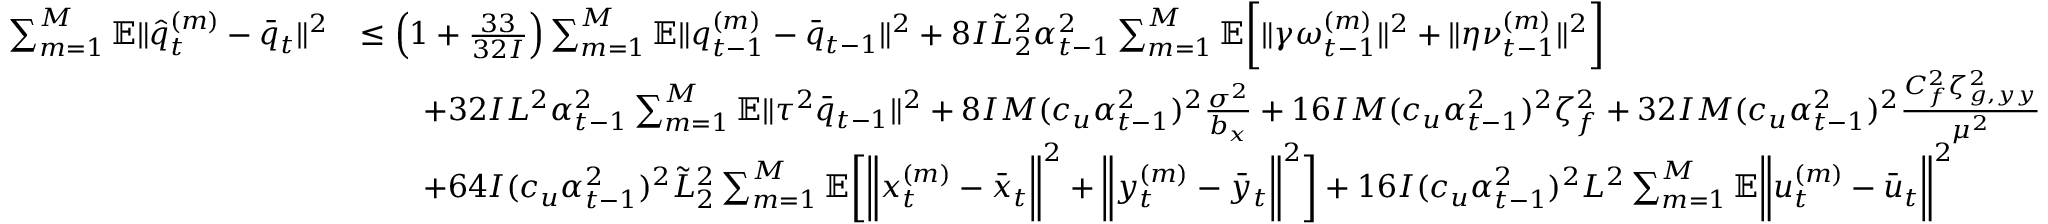
\begin{array} { r l } { \sum _ { m = 1 } ^ { M } \mathbb { E } \| \hat { q } _ { t } ^ { ( m ) } - \bar { q } _ { t } \| ^ { 2 } } & { \leq \left( 1 + \frac { 3 3 } { 3 2 I } \right) \sum _ { m = 1 } ^ { M } \mathbb { E } \| q _ { t - 1 } ^ { ( m ) } - \bar { q } _ { t - 1 } \| ^ { 2 } + 8 I \tilde { L } _ { 2 } ^ { 2 } \alpha _ { t - 1 } ^ { 2 } \sum _ { m = 1 } ^ { M } \mathbb { E } \bigg [ \| \gamma \omega _ { t - 1 } ^ { ( m ) } \| ^ { 2 } + \| \eta \nu _ { t - 1 } ^ { ( m ) } \| ^ { 2 } \bigg ] } \\ & { \qquad + 3 2 I L ^ { 2 } \alpha _ { t - 1 } ^ { 2 } \sum _ { m = 1 } ^ { M } \mathbb { E } \| \tau ^ { 2 } \bar { q } _ { t - 1 } \| ^ { 2 } + 8 I M ( c _ { u } \alpha _ { t - 1 } ^ { 2 } ) ^ { 2 } \frac { \sigma ^ { 2 } } { b _ { x } } + 1 6 I M ( c _ { u } \alpha _ { t - 1 } ^ { 2 } ) ^ { 2 } \zeta _ { f } ^ { 2 } + 3 2 I M ( c _ { u } \alpha _ { t - 1 } ^ { 2 } ) ^ { 2 } \frac { C _ { f } ^ { 2 } \zeta _ { g , y y } ^ { 2 } } { \mu ^ { 2 } } } \\ & { \qquad + 6 4 I ( c _ { u } \alpha _ { t - 1 } ^ { 2 } ) ^ { 2 } \tilde { L } _ { 2 } ^ { 2 } \sum _ { m = 1 } ^ { M } \mathbb { E } \bigg [ \bigg \| x _ { t } ^ { ( m ) } - \bar { x } _ { t } \bigg \| ^ { 2 } + \bigg \| y _ { t } ^ { ( m ) } - \bar { y } _ { t } \bigg \| ^ { 2 } \bigg ] + 1 6 I ( c _ { u } \alpha _ { t - 1 } ^ { 2 } ) ^ { 2 } L ^ { 2 } \sum _ { m = 1 } ^ { M } \mathbb { E } \bigg \| u _ { t } ^ { ( m ) } - \bar { u } _ { t } \bigg \| ^ { 2 } } \end{array}